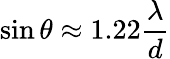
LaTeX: \sin\theta\approx 1.22{\frac{\lambda}{d}}